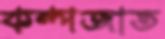
কম্পজাত